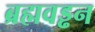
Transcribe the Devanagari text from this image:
ब्रह्मवड्ढन